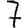
Digit: 7